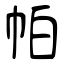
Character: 帕